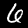
Digit: 6